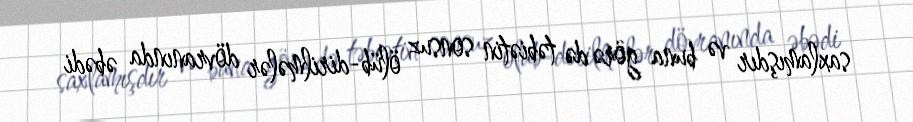
saxlamışdır və buna görə də təbiətin sonsuz ölüb-dirilmələr dövranında əbədi